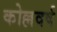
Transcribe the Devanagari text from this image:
कोल्लवर्ष